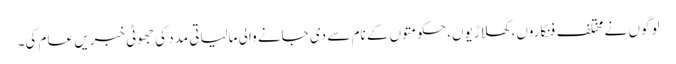
لوگوں نے مختلف فنکاروں، کھلاڑیوں، حکومتوں کے نام سے دی جانے والی مالیاتی مدد کی جھوٹی خبریں عام کی۔